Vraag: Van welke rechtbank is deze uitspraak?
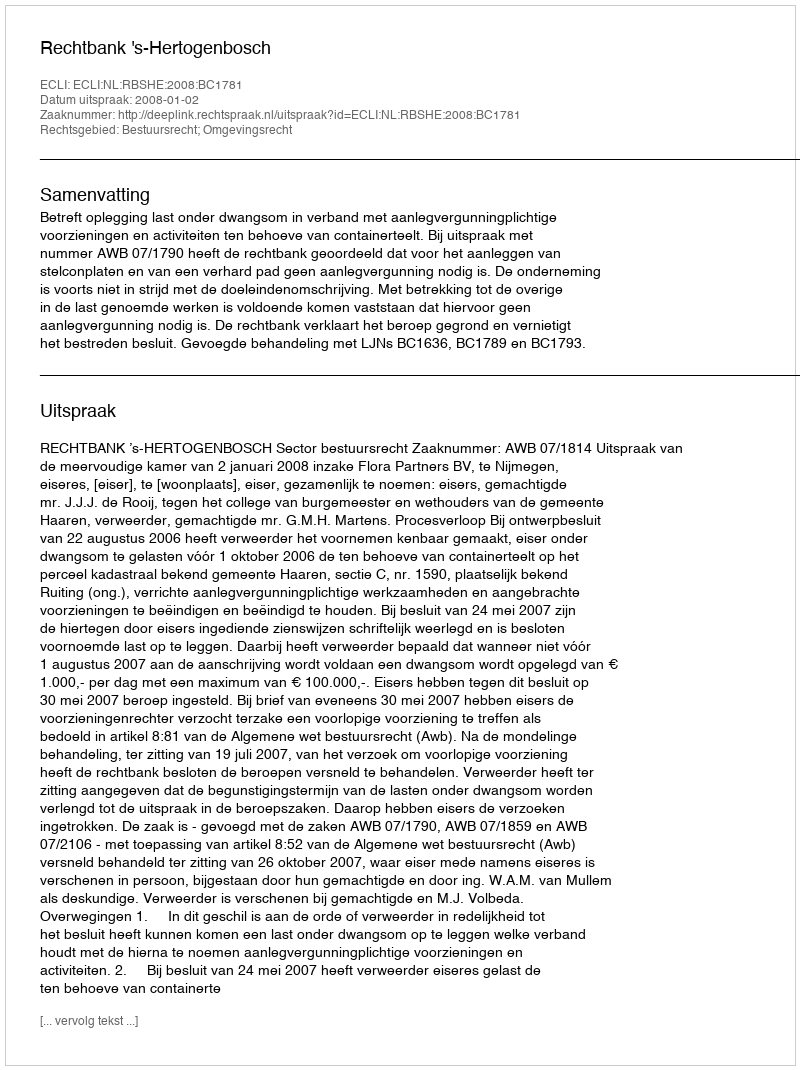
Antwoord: Rechtbank 's-Hertogenbosch